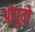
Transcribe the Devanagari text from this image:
ओपुवो